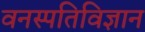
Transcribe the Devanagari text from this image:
वनस्‍पतिविज्ञान